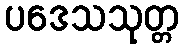
ပဒေသသုတ္တ